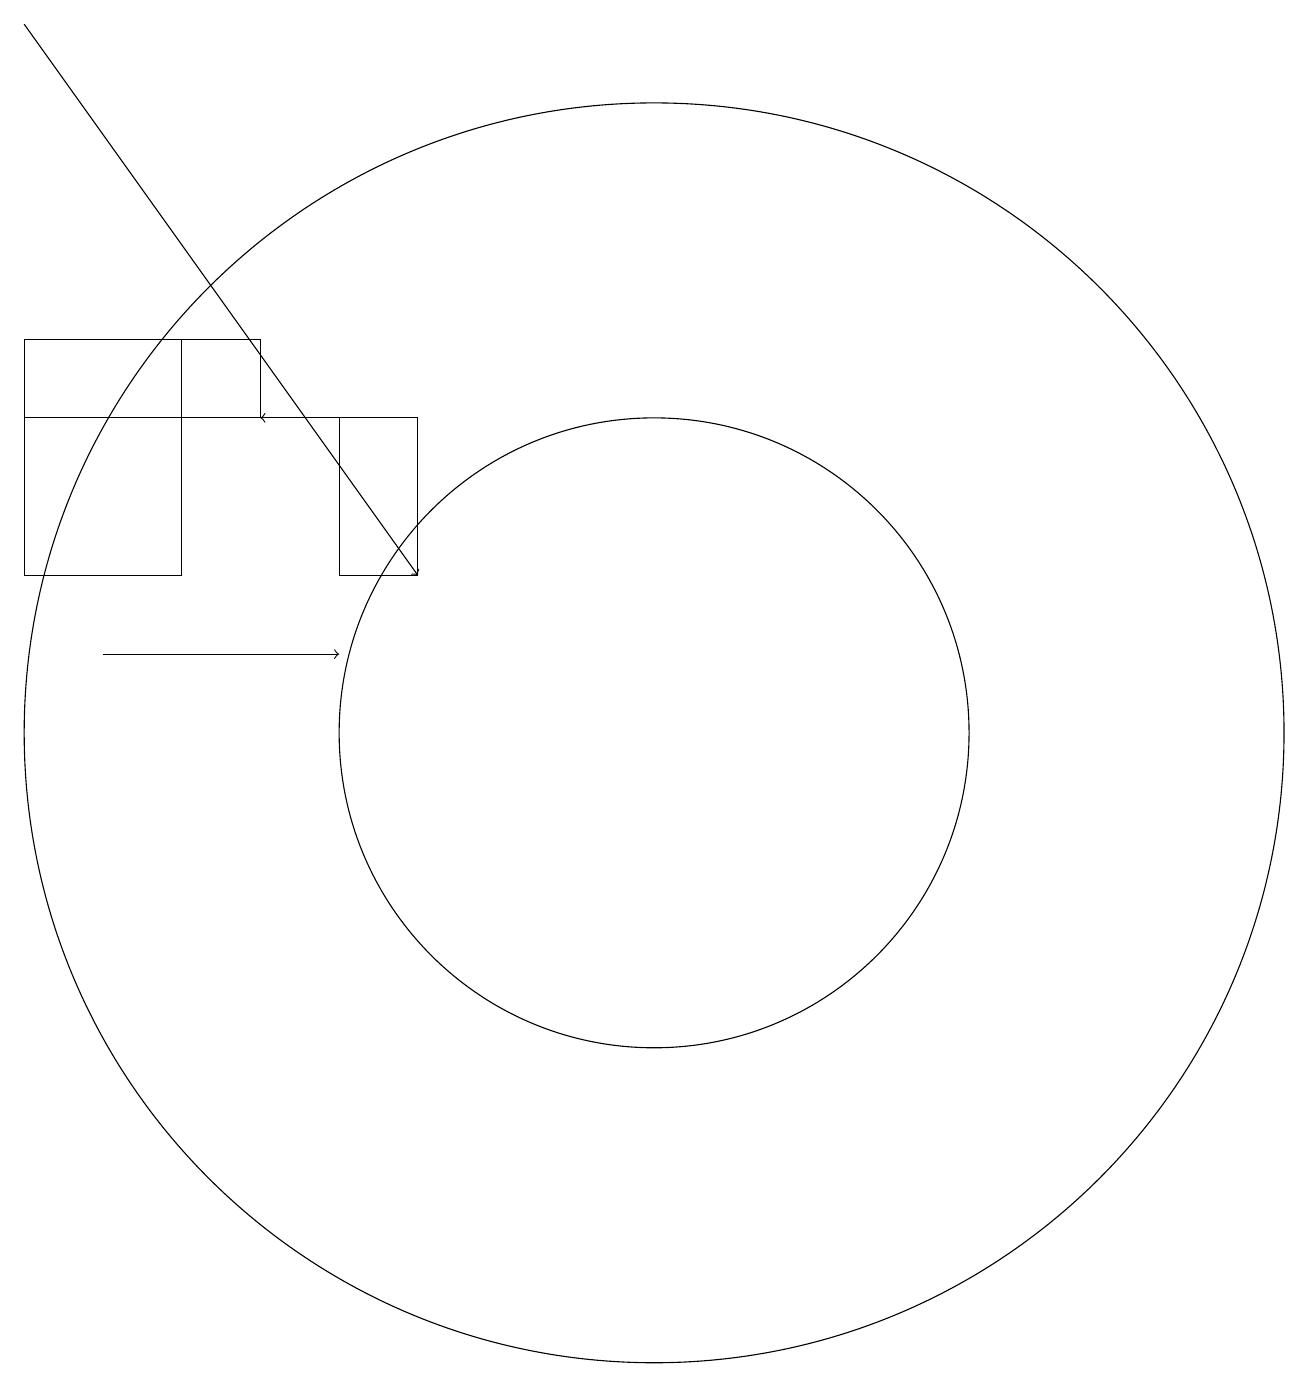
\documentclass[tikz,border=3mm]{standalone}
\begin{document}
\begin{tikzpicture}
\draw (11,10) circle (8);
\draw[->] (8,14) -- (6,14);
\draw[->] (3,19) -- (8,12);
\draw[->] (4,11) -- (7,11);
\draw (3,12) rectangle (5,15);
\draw (6,15) rectangle (3,14);
\draw (7,12) rectangle (8,14);
\draw (11,10) circle (4);
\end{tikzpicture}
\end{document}